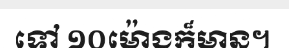
ទៅ ១០ម៉ោងក៏មាន។